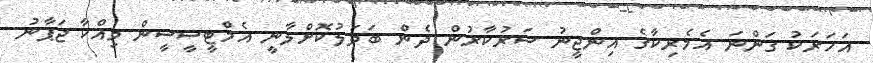
އަހަރަކު ގަންނަ އެމެރިކާގެ އިންޖީނު ސަރުކާރުން ދެން ބަދަލުކޮށްލާނީ އެމްޓީސީސީން ވިއްކާ ޖަޕާނު